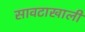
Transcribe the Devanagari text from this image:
सावटाखाली